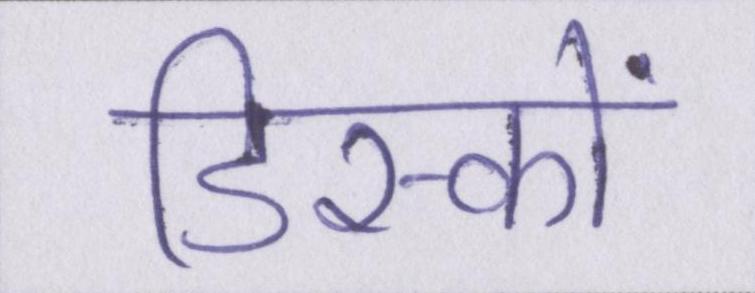
डिस्कों